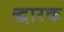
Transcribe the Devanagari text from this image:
द्धारक